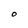
Character: O